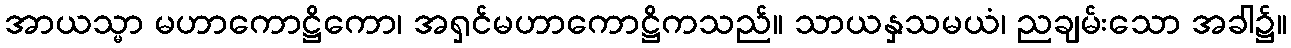
အာယသ္မာ မဟာကောဋ္ဌိကော၊ အရှင်မဟာကောဋ္ဌိကသည်။ သာယနှသမယံ၊ ညချမ်းသော အခါ၌။